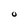
Character: O